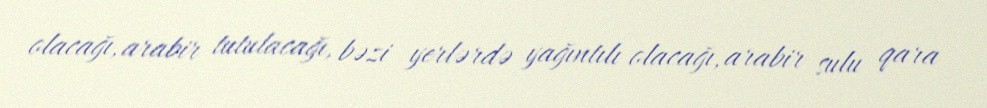
olacağı, arabir tutulacağı, bəzi yerlərdə yağıntılı olacağı, arabir sulu qara